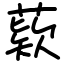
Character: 𦹔